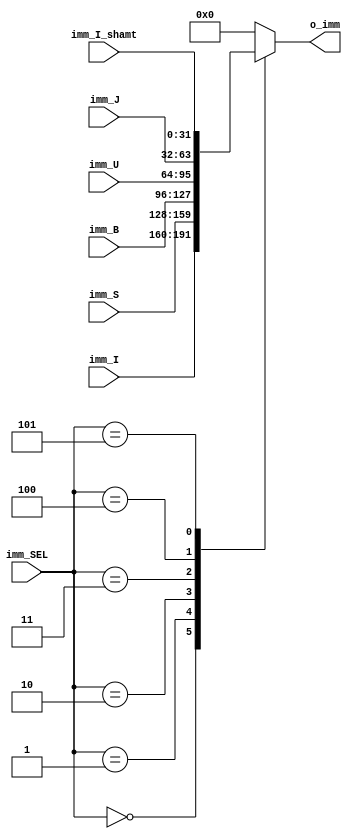
module MUX_imm (input [31:0] imm_I,imm_I_shamt, imm_S, imm_B, imm_U, imm_J,input [2:0] imm_SEL, 
                output reg [31:0]o_imm);
    always @(*) begin
        case (imm_SEL) 
            0:o_imm = imm_I;
            1:o_imm = imm_S;
            2:o_imm = imm_B;
            3:o_imm = imm_U;
            4:o_imm = imm_J;
            5:o_imm = imm_I_shamt;
            default: o_imm = 0;
        endcase
    end

endmodule